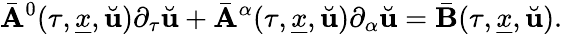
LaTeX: \bar{\mathbf{A}}^{0}(\tau,\underline{{x}},\breve{\mathbf{u}})\partial_{\tau}\breve{\mathbf{u}}+\bar{\mathbf{A}}^{\alpha}(\tau,\underline{{x}},\breve{\mathbf{u}})\partial_{\alpha}\breve{\mathbf{u}}=\bar{\mathbf{B}}(\tau,\underline{{x}},\breve{\mathbf{u}}).